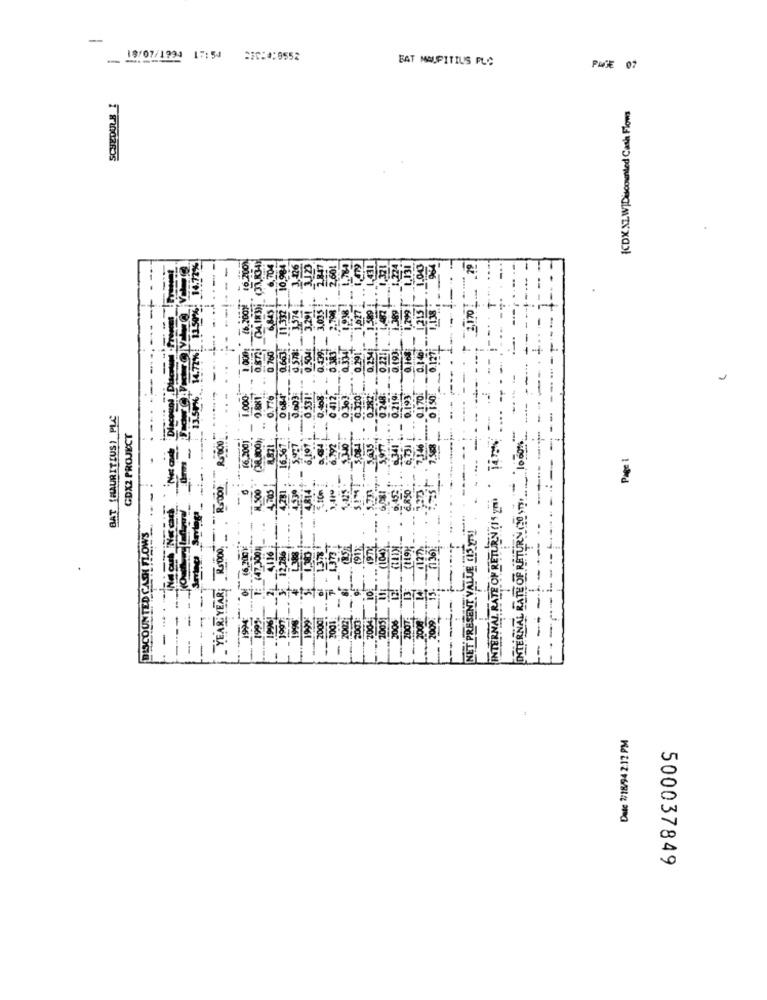
-
19/07/1993 17:54 DIC:4:0552
BAT MAUPITIUS PLC
PASE 07
SCHEDULE 1
KDXXLW]Discounted Cash Flows
14.77%
(ALIR3) (37,83-4)
6.70€
22
10.9
(6.20014
31.70
0.170
0 750
0.21
BAT (MAURITIUS) PLC
CDX2 PROJECT
16,2001
INTERNAL RATE OF RETURN (HT mi ' TAN
INTERNAL RATE OF RETURN CO .18. 100000
Page 1
R5000
DISCOUNTED CASH FLOWS
YEAR YEAR; R$000
NET PRESENT VALUE IS Yn !!
16,200
994
Date 2/18/94 2.12 PM
500037849